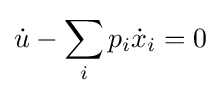
{\dot {u}}-\sum _{i}p_{i}{\dot {x}}_{i}=0